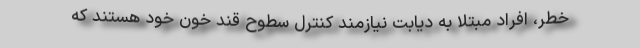
خطر، افراد مبتلا به دیابت نیازمند کنترل سطوح قند خون خود هستند که